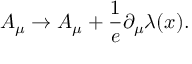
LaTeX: A _ { \mu } \rightarrow A _ { \mu } + \frac { 1 } { e } \partial _ { \mu } \lambda ( x ) .